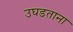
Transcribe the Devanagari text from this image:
उघडताना